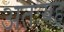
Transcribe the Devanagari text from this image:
अतःयह